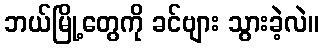
ဘယ်မြို့တွေကို ခင်ဗျား သွားခဲ့လဲ။